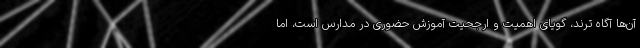
آن‌ها آگاه ترند، گویای اهمیت و ارجحیت آموزش حضوری در مدارس است، اما